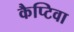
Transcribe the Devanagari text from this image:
कैप्टिवा